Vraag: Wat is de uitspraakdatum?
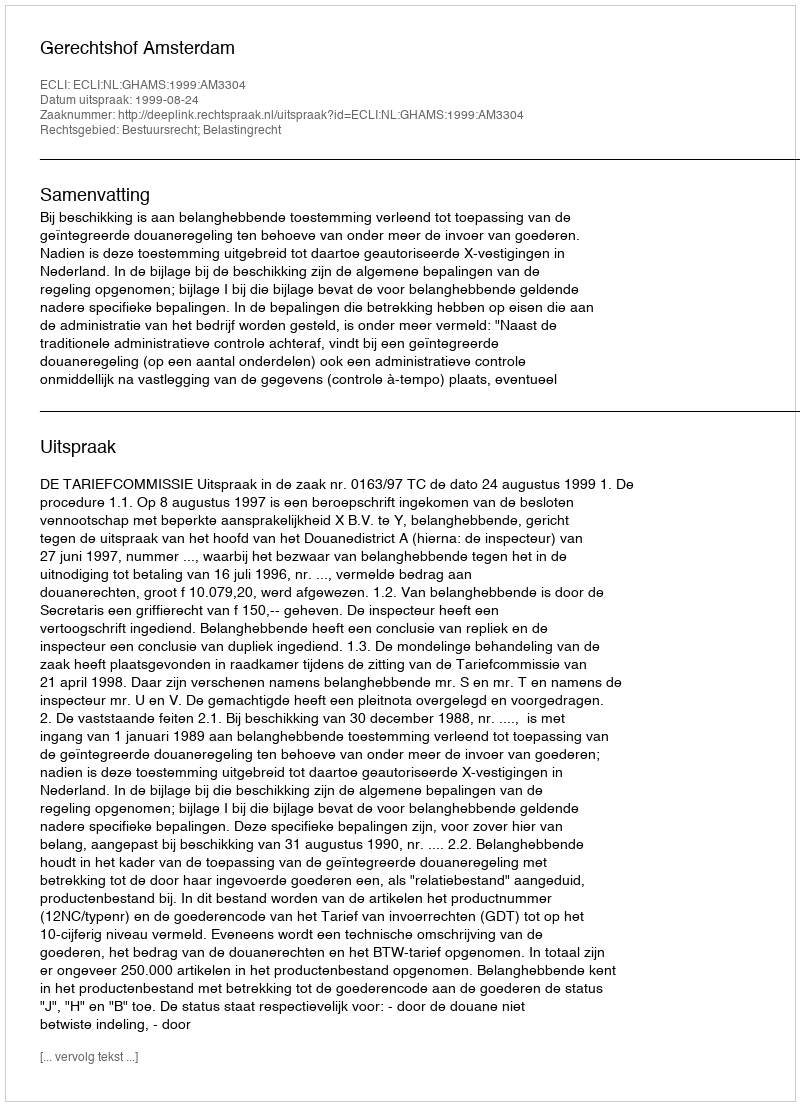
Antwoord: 1999-08-24